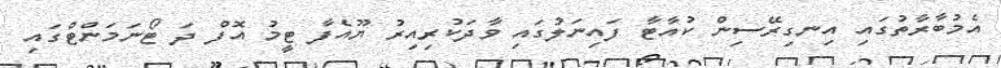
އެމުބާރާތުގައި އިނގިރޭސިން ކުއާޓާ ފައިނަލުގައި ވާދަކުރިއިރު ޔޫއެފާ ޓީމު އޮފް ދަ ޓޯނަމަންޓްގައި